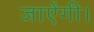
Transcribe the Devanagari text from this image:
जाऐंगी।